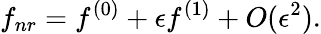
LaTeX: f_{nr}=f^{(0)}+\epsilon f^{(1)}+O(\epsilon^{2}).